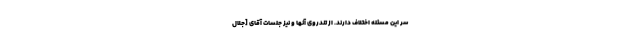
سر این مسئله اختلاف دارند. از تندروى آنها و نیز جلسات آقاى [جلال‌